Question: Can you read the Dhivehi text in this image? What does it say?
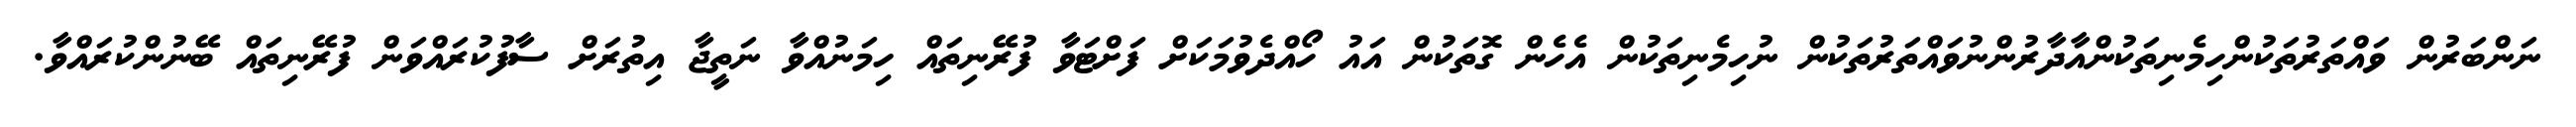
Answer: ނަންބަރުން ވައްތަރުތަކުންހިމެނިތަކުންއާދާރުންނުވައްތަރުތަކުން ނުހިމެނިތަކުން އެހެން ގޮތަކުން އައު ހޯއްދެވުމަކަށް ފަށްޓަވާ ފުރޭނިތައް ހިމަނުއްވާ ނަތީޖާ އިތުރަށް ސާފުކުރައްވަން ފުރޭނިތައް ބޭނުންކުރައްވާ.